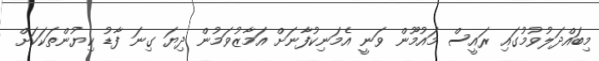
މިބައްދަލުވުމުގައި ރައީސް މައުމޫން ވަނީ އެމަނިކުފާނަށް އަމާޒުވަމުން ދިޔަ ގިނަ ފާޑު ކިޔުންތަކަކަށް